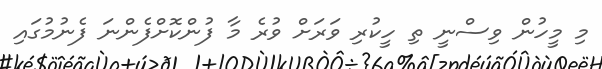
މި މީހުން ވިސްނީ ތި ހީކުރި ވަރަށް ވުރެ މާ ފުންކޮށްފެންނަ ފެނުމުގައި